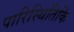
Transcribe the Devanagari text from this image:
पारिस्थितिकि